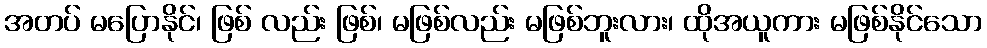
အတပ် မပြောနိုင်၊ ဖြစ် လည်း ဖြစ်၊ မဖြစ်လည်း မဖြစ်ဘူးလား၊ ထိုအယူကား မဖြစ်နိုင်သော